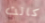
كانت